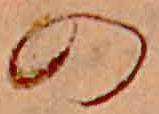
の